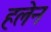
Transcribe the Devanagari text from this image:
हलेन